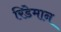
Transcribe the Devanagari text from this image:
रिडेमान